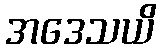
အဒေသယိ